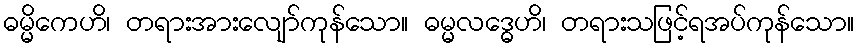
ဓမ္မိကေဟိ၊ တရားအားလျော်ကုန်သော။ ဓမ္မလဒ္ဓေဟိ၊ တရားသဖြင့်ရအပ်ကုန်သော။